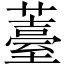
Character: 薹